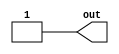
module coreir_const #(
    parameter width = 1,
    parameter value = 1
) (
    output [width-1:0] out
);
  assign out = value;
endmodule

module coreir_add #(
    parameter width = 1
) (
    input [width-1:0] in0,
    input [width-1:0] in1,
    output [width-1:0] out
);
  assign out = in0 + in1;
endmodule

module lutN #(
    parameter N = 1,
    parameter init = 1
) (
    input [N-1:0] in,
    output out
);
  assign out = init[in];
endmodule

module LUT2_2 (
    input I0,
    input I1,
    output O
);
wire coreir_lut2_inst0_out;
wire [1:0] coreir_lut2_inst0_in;
assign coreir_lut2_inst0_in = {I1,I0};
lutN #(
    .init(4'h2),
    .N(2)
) coreir_lut2_inst0 (
    .in(coreir_lut2_inst0_in),
    .out(coreir_lut2_inst0_out)
);
assign O = coreir_lut2_inst0_out;
endmodule

module Arbiter4 (
    input [3:0] I,
    output [3:0] O
);
wire LUT2_2_inst0_O;
wire LUT2_2_inst1_O;
wire LUT2_2_inst2_O;
wire LUT2_2_inst3_O;
wire [3:0] const_15_4_out;
wire [3:0] coreir_add4_inst0_out;
LUT2_2 LUT2_2_inst0 (
    .I0(I[0]),
    .I1(coreir_add4_inst0_out[0]),
    .O(LUT2_2_inst0_O)
);
LUT2_2 LUT2_2_inst1 (
    .I0(I[1]),
    .I1(coreir_add4_inst0_out[1]),
    .O(LUT2_2_inst1_O)
);
LUT2_2 LUT2_2_inst2 (
    .I0(I[2]),
    .I1(coreir_add4_inst0_out[2]),
    .O(LUT2_2_inst2_O)
);
LUT2_2 LUT2_2_inst3 (
    .I0(I[3]),
    .I1(coreir_add4_inst0_out[3]),
    .O(LUT2_2_inst3_O)
);
coreir_const #(
    .value(4'hf),
    .width(4)
) const_15_4 (
    .out(const_15_4_out)
);
coreir_add #(
    .width(4)
) coreir_add4_inst0 (
    .in0(I),
    .in1(const_15_4_out),
    .out(coreir_add4_inst0_out)
);
assign O = {LUT2_2_inst3_O,LUT2_2_inst2_O,LUT2_2_inst1_O,LUT2_2_inst0_O};
endmodule